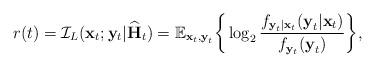
LaTeX: \begin{align*}r(t) = \mathcal{I}_{L}(\mathbf{x}_t;\mathbf{y}_t|\widehat{\mathbf{H}}_{t}) = \mathbb{E}_{\boldsymbol{\mathrm{x}}_{t},\boldsymbol{\mathrm{y}}_{t}} \bigg \{ \log_2 \frac{f_{\boldsymbol{\mathrm{y}}_{t}|\boldsymbol{\mathrm{x}}_{t}}(\boldsymbol{\mathrm{y}}_{t}|\boldsymbol{\mathrm{x}}_{t})}{f_{\boldsymbol{\mathrm{y}}_{t}}(\boldsymbol{\mathrm{y}}_{t})}\bigg \},\end{align*}